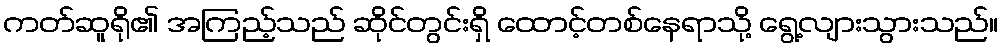
ကတ်ဆူရို၏ အကြည့်သည် ဆိုင်တွင်းရှိ ထောင့်တစ်နေရာသို့ ရွေ့လျားသွားသည်။